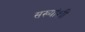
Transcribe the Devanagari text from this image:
सख्यांशी